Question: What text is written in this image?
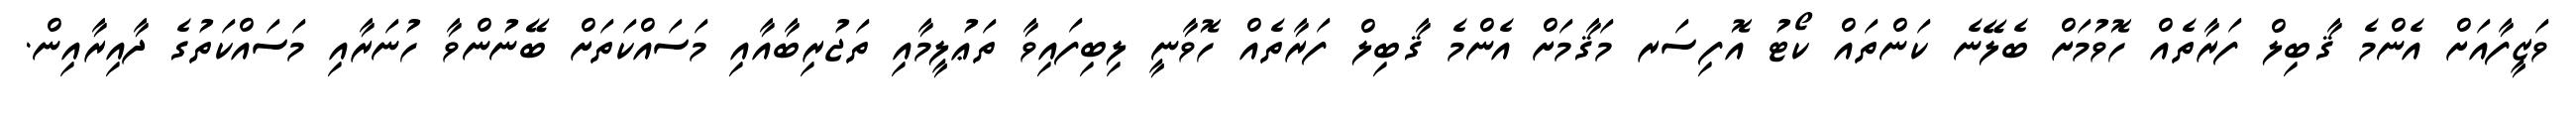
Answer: ވަޒީފާއަށް އެންމެ ޤާބިލް ފަރާތެއް ހޮވުމަށް ބެލޭނެ ކަންތައް ކޯޓު އޮފިސަރ މަޤާމަށް އެންމެ ޤާބިލް ފަރާތެއް ހޮވާނީ ލިބިފައިވާ ތަޢުލީމާއި ތަޖުރިބާއާއި މަސައްކަތަށް ބޭނުންވާ ހުނަރާއި މަސައްކަތުގެ ދާއިރާއިން.